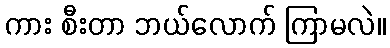
ကား စီးတာ ဘယ်လောက် ကြာမလဲ။